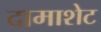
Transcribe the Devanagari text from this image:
दामाशेट